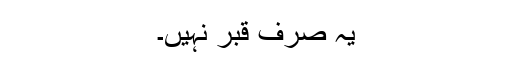
یہ صرف قبر نہیں۔